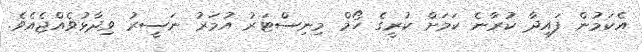
އެކަމުން ފައިދާ ކުރާނެ ކަމަށް ކުރީގެ ހޯމް މިނިސްޓަރު އުމަރު ނަސީރު ވިދާޅުވެއްޖެއެވެ.